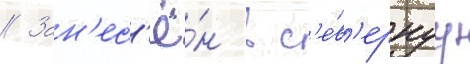
// Зан'ес'ё́н в с'е́в'ернуу